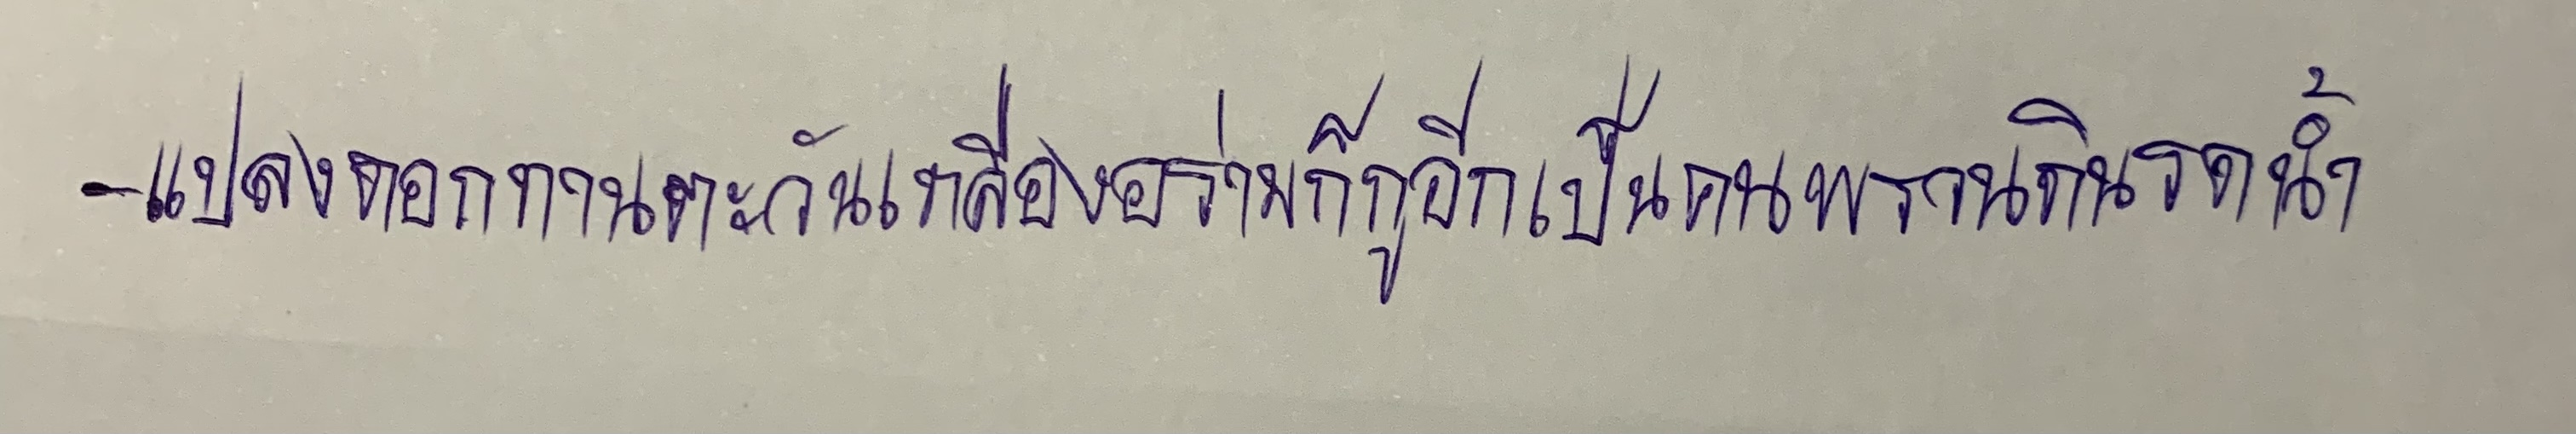
-แปลงดอกทานตะวันเหลืองอร่ามก็กูอีกเป็นคนพรวนดินรดน้ำ.